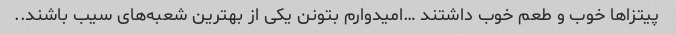
پیتزا‌ها خوب و طعم خوب داشتند …امیدوارم بتونن یکی از بهترین شعبه‌های سیب باشند..